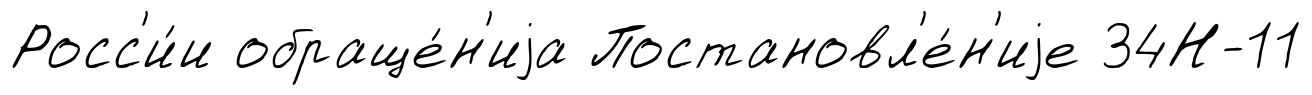
Росс'и́и обраще́н'иjа Постановл'е́н'иjе 34Н-11